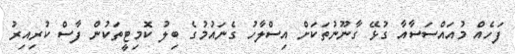
ފަހެއް މުއައްސަސާއާ ގުޅޭ ގާނޫނުތަކަށް އިސްލާހު ގެނައުމުގެ ބިލު ކޮމިޓީތަކުން ފާސް ކުރިއިރު